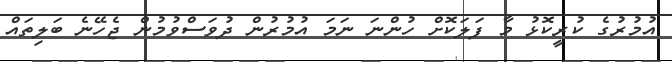
އުމުރުގެ ކުރީކޮޅު މާ ފަލަކޮށް ހުންނަ ނަމަ އުމުރުން ދުވަސްވުމުން ޖެހޭނެ ބަލިތައް